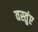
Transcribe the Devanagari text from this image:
वस्तुंए